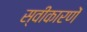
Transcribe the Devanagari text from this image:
स्वीकारणें